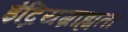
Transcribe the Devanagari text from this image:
इंद्रियग्राह्यता